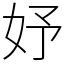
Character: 妤